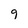
Character: 9